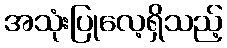
အသုံးပြုလေ့ရှိသည့်